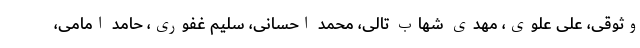
وثوقی، علی علوی، مهدی شهاب تالی، محمد احسانی، سلیم غفوری، حامد امامی،